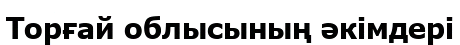
Торғай облысының әкімдері